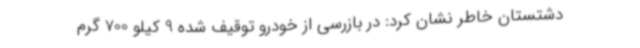
دشتستان خاطر نشان کرد: در بازرسی از خودرو توقیف شده 9 کیلو 700 گرم